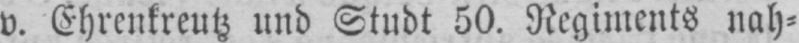
v. Ehrenkreutz und Studt 50. Regiments nah⸗